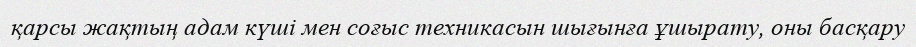
қарсы жақтың адам күші мен соғыс техникасын шығынға ұшырату, оны басқару